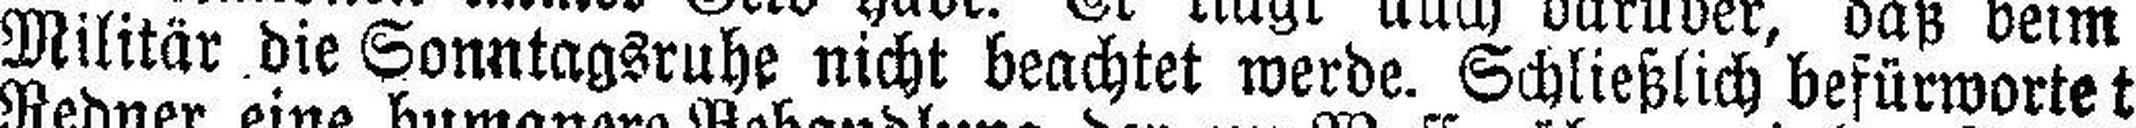
Militär die Sonntagsruhe nicht beachtet werde. Schließlich befürwortet